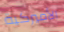
الأميركية